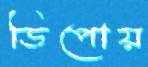
ডিপোয়